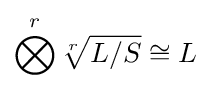
\bigotimes ^{r}{\sqrt[{r}]{L/S}}\cong L